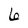
Character: 6